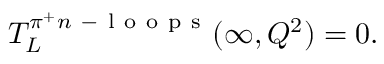
T _ { L } ^ { \pi ^ { + } n \mathrm { ~ - ~ l ~ o ~ o ~ p ~ s ~ } } ( \infty , Q ^ { 2 } ) = 0 .